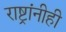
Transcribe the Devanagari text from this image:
राष्ट्रांनीही